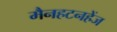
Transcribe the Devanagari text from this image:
मैनहटनहेंज